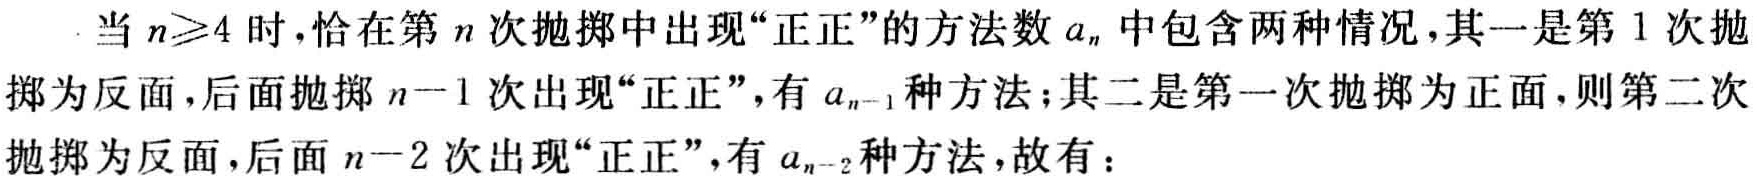
当 \(n\geqslant4\) 时，恰在第 \(n\) 次抛掷中出现“正正”的方法数 \(a_{n}\) 中包含两种情况，其一是第 \(1\) 次抛掷为反面，后面抛掷 \(n - 1\) 次出现“正正”，有 \(a_{n - 1}\) 种方法；其二是第一次抛掷为正面，则第二次抛掷为反面，后面 \(n - 2\) 次出现“正正”，有 \(a_{n - 2}\) 种方法，故有：